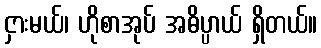
ငှားမယ်၊ ဟိုစာအုပ် အဓိပ္ပာယ် ရှိတယ်။